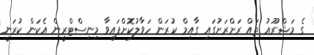
ގެ މަޝްރޫއު ތައް ރަށްރަށުގައި ގާއިމް ކުރަން ހަވާލުކޮށްފައިވާ މިނިސްޓްރީން އެކަން ކުރަނީ